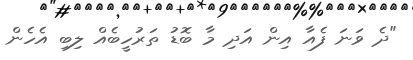
"ދެ ވަނަ ފެއާ އިން އަދި މާ ބޮޑު ތަރުހީބެއް ލިބި އެހެން